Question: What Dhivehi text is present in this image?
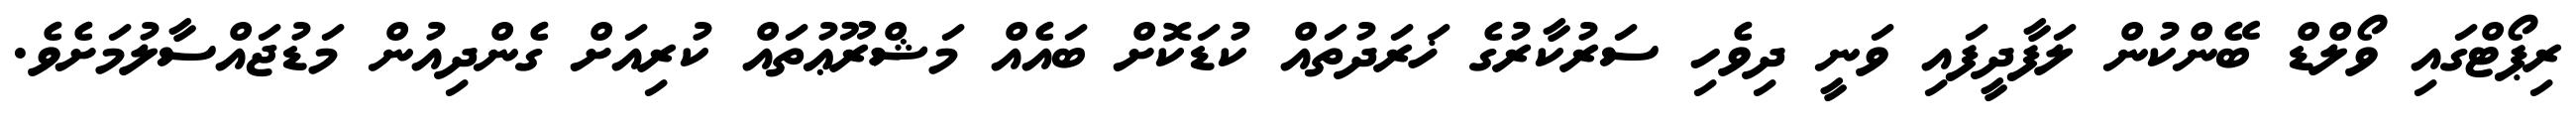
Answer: ރިޕޯޓްގައި ވޯލްޑް ބޭންކުން ލަފާދީފައި ވަނީ ދިވެހި ސަރުކާރުގެ ޚަރަދުތައް ކުޑަކޮށް ބައެއް މަޝްރޫޢުތައް ކުރިއަށް ގެންދިއުން މަޑުޖައްސާލުމަށެވެ.